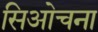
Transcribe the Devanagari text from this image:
सिओचना